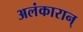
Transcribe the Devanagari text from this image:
अलंकारान्